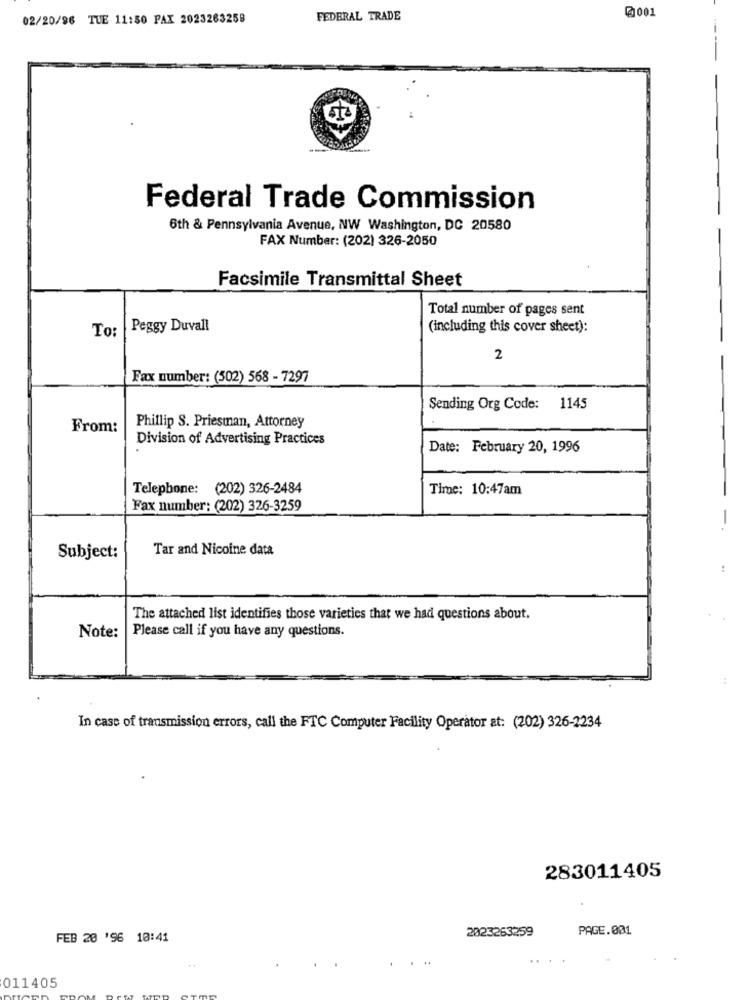
@0001
02/20/96 TUE 11:50 PAX 2023263258
FEDERAL TRADE
Federal Trade Commission
6th & Pennsylvania Avenue, NW Washington, DC 20580
FAX Number: (202) 326-2050
Facsimile Transmittal Sheet
Total number of pages sent
To:
Peggy Duvall
(including this cover sheet):
2
Fax number: (502) 568 - 7297
Sending Org Code: 1145
From:
Phillip S. Priesman, Attorney
Division of Advertising Practices
Date: February 20, 1996
Telephone: (202) 326-2484
Time: 10:47am
Fax number: (202) 326-3259
Tar and Nicoine data
Subject:
The attached list identifies those varieties that we had questions about.
Please call if you have any questions.
Note:
In case of transmission errors, call the FTC Computer Facility Operator at: (202) 326-2234
283011405
2023263259
PAGE.001
FEB 20 '96 10:41
011405